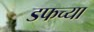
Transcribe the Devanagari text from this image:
डफच्या